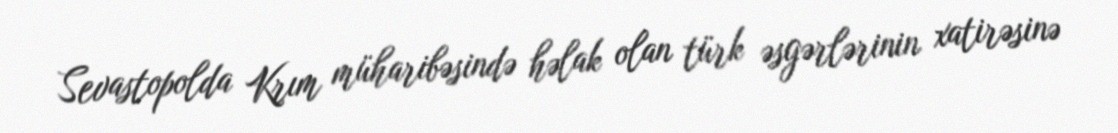
Sevastopolda Krım müharibəsində həlak olan türk əsgərlərinin xatirəsinə